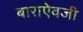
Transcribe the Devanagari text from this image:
बाराऐवजी